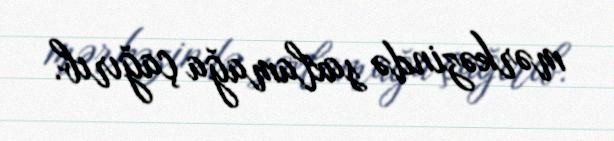
mərkəzində saxlamağa çağırıb.